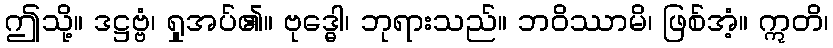
ဤသို့။ ဒဋ္ဌဗ္ဗံ၊ ရှုအပ်၏။ ဗုဒ္ဓေါ၊ ဘုရားသည်။ ဘဝိဿာမိ၊ ဖြစ်အံ့။ ဣတိ၊